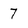
Character: 7